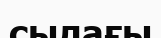
сылағы